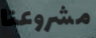
مشروعنا